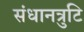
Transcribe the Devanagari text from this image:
संधानत्रुटि